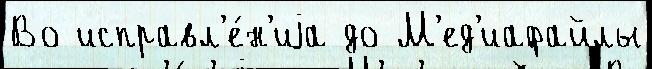
Во исправл'е́н'иjа до М'ед'иафайлы